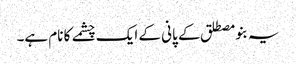
یہ بنو مصطلق کے پانی کے ایک چشمے کا نام ہے۔